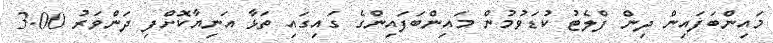
މައިންބަފައިން ދިން ފްލެޓު ކުޑަވުމުން މައިންބަފައިންގެ ގައިގައި ތަޅާ އަނިޔާކޮށްފި ދަންވަރު 3.00